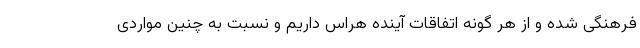
فرهنگی شده و از هر گونه اتفاقات آینده هراس داریم و نسبت به چنین مواردی